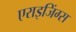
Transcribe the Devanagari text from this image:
एराइजिंग्स